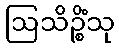
ဩသိဉ္စိံသု